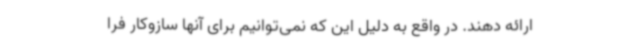
ارائه دهند. در واقع به دلیل این که نمی‌توانیم برای آنها سازوکار فرا